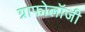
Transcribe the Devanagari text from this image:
ग्राफोलॉजी